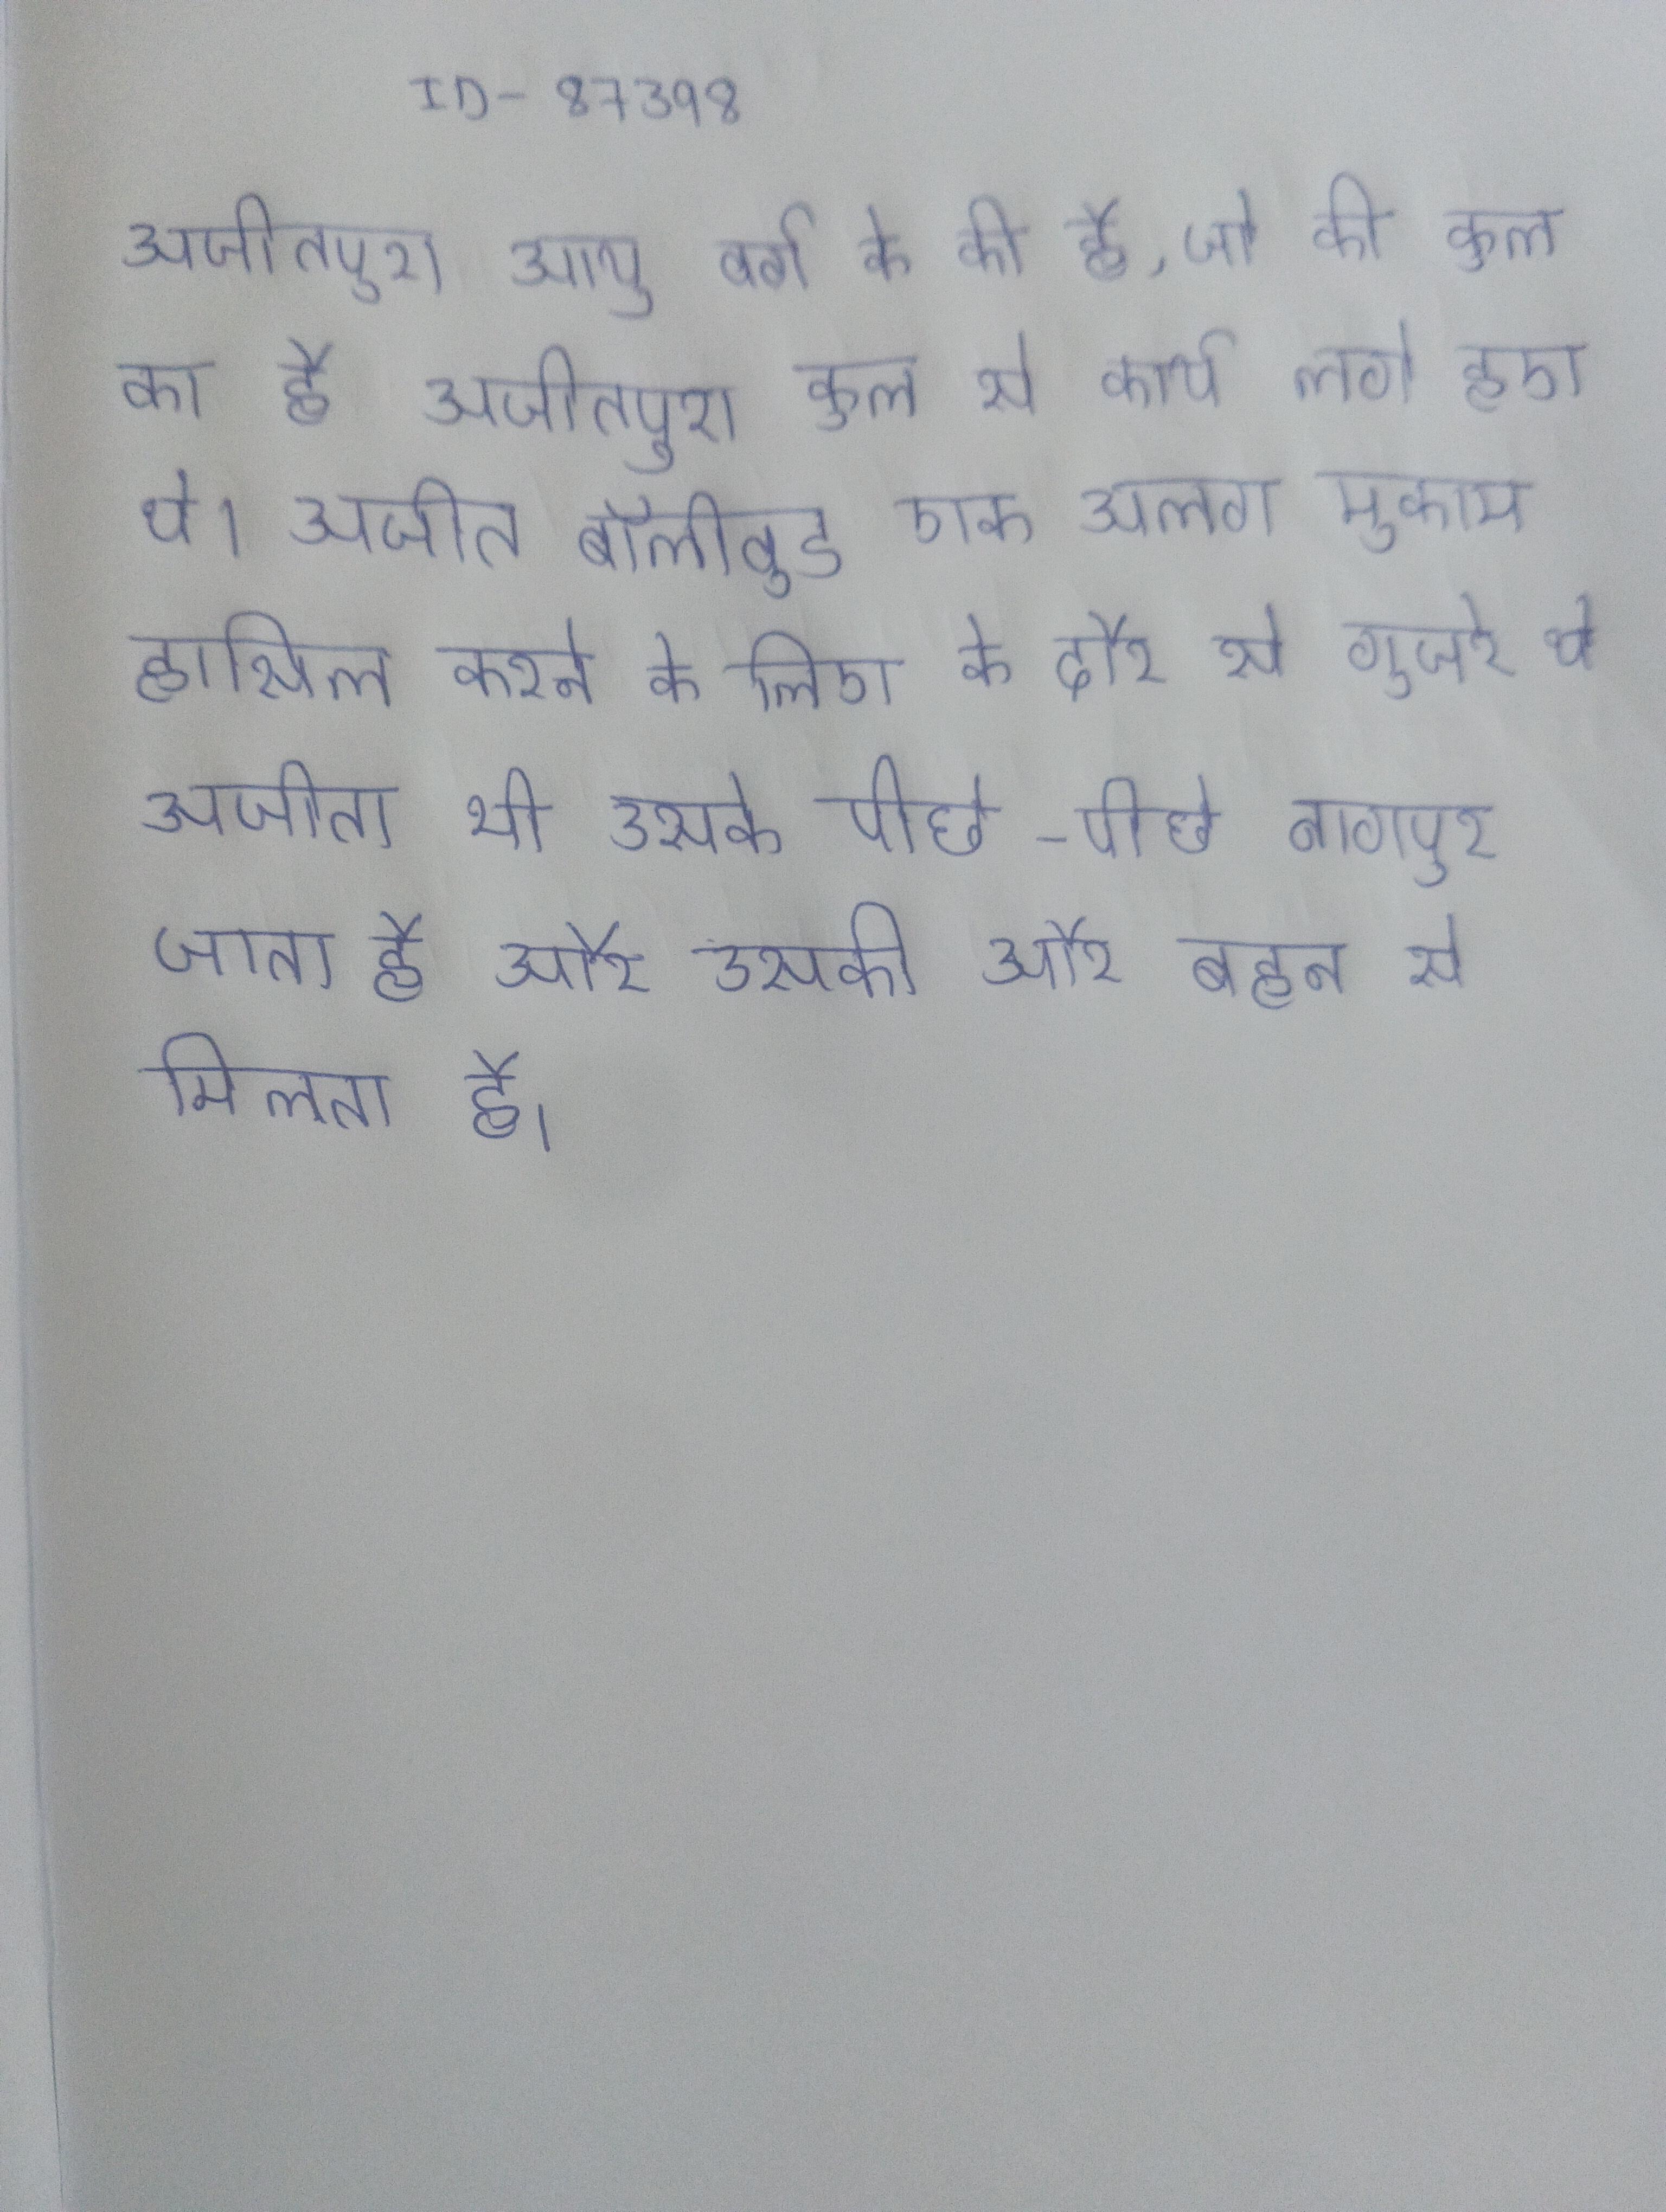
अजीतपुरा आयु वर्ग के की है, जो की कुल का है । अजीतपुरा कुल से कार्य लगे हुए थे । अजीत बॉलीवुड एक अलग मुकाम हासिल करने के लिए के दौर से गुजरे थे . अजीत भी उसके पीछे-पीछे नागपुर जाता है और उसकी और बहन से मिलता है ।